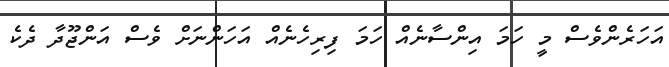
އަހަރެންވެސް މީ ހަމަ އިންސާނެއް ހަމަ ފިރިހެނެއް އަހަންނަށް ވެސް އަންޖޫދާ ދެކެ